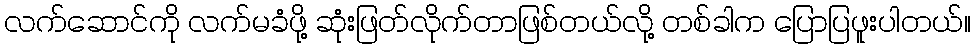
လက်ဆောင်ကို လက်မခံဖို့ ဆုံးဖြတ်လိုက်တာဖြစ်တယ်လို့ တစ်ခါက ပြောပြဖူးပါတယ်။